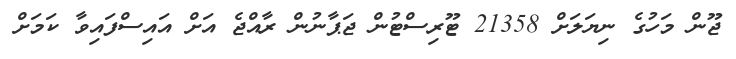
ޖޫން މަހުގެ ނިޔަލަށް 21358 ޓޫރިސްޓުން ޖަޕާނުން ރާއްޖެ އަށް އައިސްފައިވާ ކަމަށް